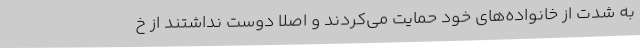
به شدت از خانواده‌های خود حمایت می‌کردند و اصلا دوست نداشتند از خ